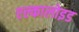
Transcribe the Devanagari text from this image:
एल्कालोइड